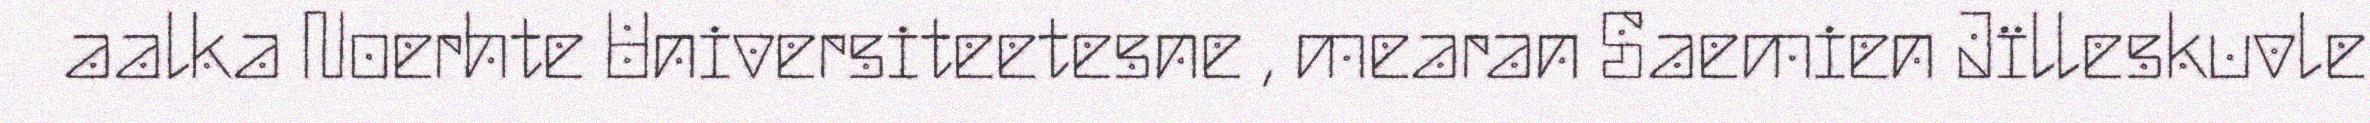
aalka Noerhte Universiteetesne , mearan Saemien Jïlleskuvle